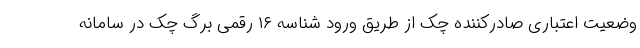
وضعیت اعتباری صادرکننده چک از طریق ورود شناسه ۱۶ رقمی برگ چک در سامانه